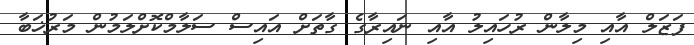
ފަޒަލް އާއި މިލާން ރުހައިލު އާއި ނައިރާގެ ގާތަށް އައިސް ސަލާމްކޮށްލަމުން މަރުޚަބާ